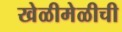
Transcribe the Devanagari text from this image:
खेळीमेळीची